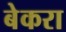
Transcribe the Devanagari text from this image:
बेकरा